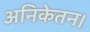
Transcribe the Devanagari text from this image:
अनिकेतन।